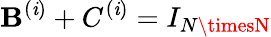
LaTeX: \mathbf{B}^{(\mathit{i})}+C^{(\mathit{i})}=I_{N\timesN}